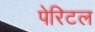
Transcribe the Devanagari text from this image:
पेरिटल